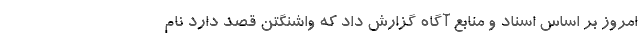
امروز بر اساس اسناد و منابع آگاه گزارش داد که واشنگتن قصد دارد نام